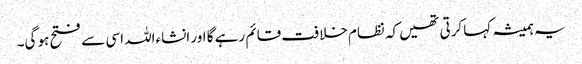
یہ ہمیشہ کہا کرتی تھیں کہ نظام خلافت قائم رہے گا اور انشاءاللہ اسی سے فتح ہو گی۔